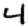
Digit: 4